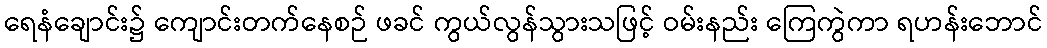
ရေနံချောင်း၌ ကျောင်းတက်နေစဉ် ဖခင် ကွယ်လွန်သွားသဖြင့် ဝမ်းနည်း ကြေကွဲကာ ရဟန်းဘောင်